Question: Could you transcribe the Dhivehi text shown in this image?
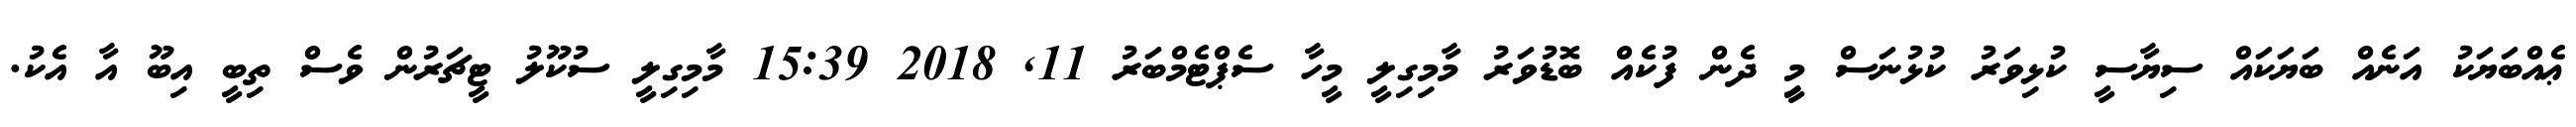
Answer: ޢެއްބަޔަކު އަނެއް ބަޔަކައް ސިޔާސީ ކުޅިވަރު ކުޅުނަސް މީި ދެން ފުކެއް ބޮޑުވަރު މާމިގިލީ މީހާ ސެޕްޓެމްބަރު 11, 2018 15:39 މާމިގިލީ ސުކޫލު ޓީޗަރުން ވެސް ތިބީ އިބޫ އާ އެކު.